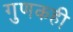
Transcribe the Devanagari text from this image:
गुणकही